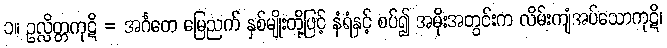
၁။ ဥလ္လိတ္တကုဋိ = အင်္ဂတေ မြေညက် နှစ်မျိုးတို့ဖြင့် နံရံနှင့် စပ်၍ အမိုးအတွင်းက လိမ်းကျံအပ်သောကုဋိ၊